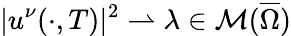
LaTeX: |u^{\nu}(\cdot,T)|^{2}\rightharpoonup\lambda\in\mathcal{M}(\overline{{\Omega}})